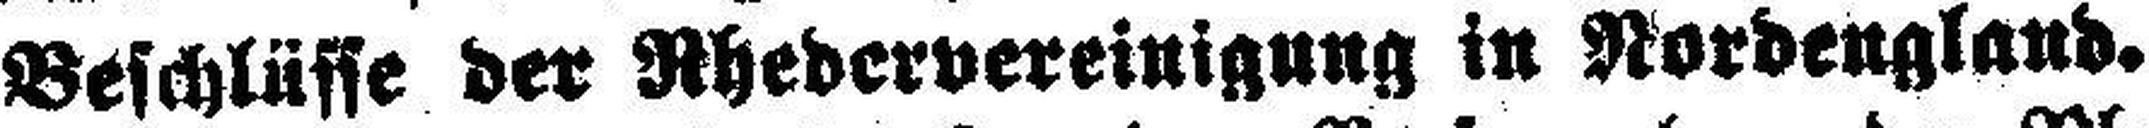
Beschlüsse der Rhedervereinigung in Nordengland.